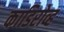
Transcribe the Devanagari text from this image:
काडिरोव्ह